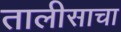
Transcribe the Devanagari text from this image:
तालीसाचा